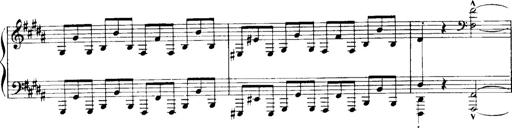
Title: Historische ungarische Bildnisse
Composer: Franz Liszt